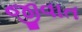
જીવાત